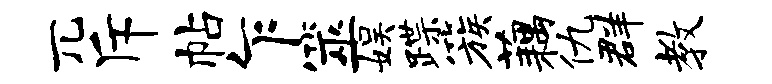
兀斥帖乍筮娱蹀簇藕仇群教